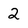
Character: 2